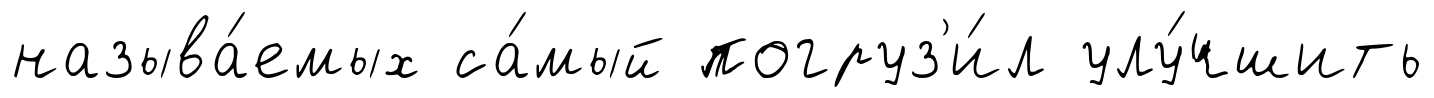
называ́емых са́мый погруз'и́л улу́чшить